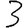
Digit: 3